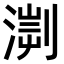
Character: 𣹨